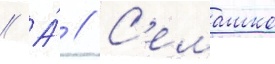
// А́ // С'емашко